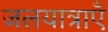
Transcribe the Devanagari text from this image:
जलयात्राएँ